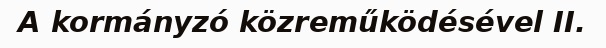
A kormányzó közreműködésével II.